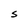
Character: S